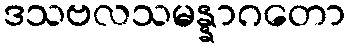
ဒသဗလသမန္နာဂတော